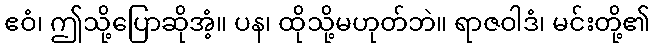
ဧဝံ၊ ဤသို့ပြောဆိုအံ့။ ပန၊ ထိုသို့မဟုတ်ဘဲ။ ရာဇဝါဒံ၊ မင်းတို့၏